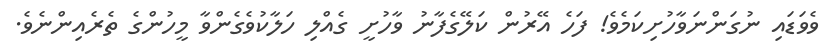
ވެވަޑައި ނުގަންނަވާހުށިކަމެވެ! ފަހެ އޭރުން ކަލޭގެފާނު ވާހުށީ ގެއްލި ހަލާކުވެގެންވާ މީހުންގެ ތެރެއިންނެވެ.